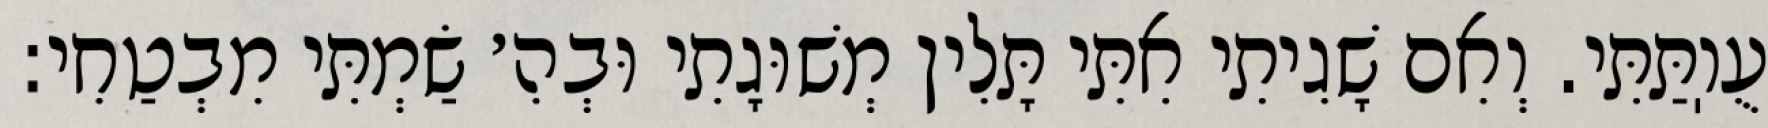
עֻוֽתַּתִּי. וְאִם שָׁגִיתִי אִתִּי תָּלִין מְשׁוּגָתִי וּבְהִ׳ שַׂמְתִּי מִבְטַחִי: